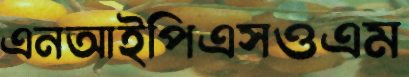
এনআইপিএসওএম